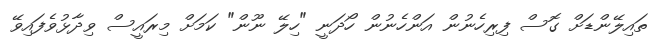
ތައިލޭންޑަށް ގޮސް ފިރިހެނުން އަންހެނުން ހޯދަނީ "ހިލޭ ނޫން" ކަމަށް މިރައީސް ވިދާޅުވެފައިވޭ